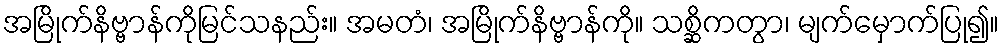
အမြိုက်နိဗ္ဗာန်ကိုမြင်သနည်း။ အမတံ၊ အမြိုက်နိဗ္ဗာန်ကို။ သစ္ဆိကတွာ၊ မျက်မှောက်ပြု၍။